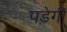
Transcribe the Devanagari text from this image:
पड़ेगीं